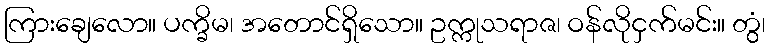
ကြားချေလော။ ပက္ခိမ၊ အတောင်ရှိသော။ ဥက္ကုသရာဇ၊ ဝန်လိုငှက်မင်း။ တွံ၊